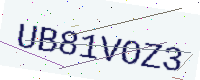
Text: UB81VOZ3